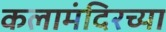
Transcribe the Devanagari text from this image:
कलामंदिरच्या